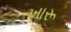
ખારૂ